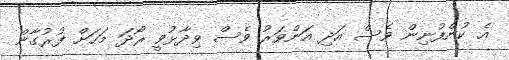
އެ ކުންފުނިން ވެސް އަދި އަންވަރު ވެސް ވިދާޅުވީ ރޯދަ މަހަށް ފުރުގާން